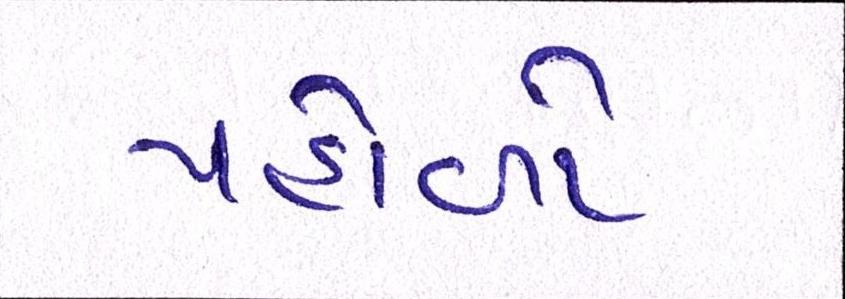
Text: પહોળો